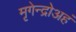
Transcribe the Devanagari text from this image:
मृगेन्द्रोअहं